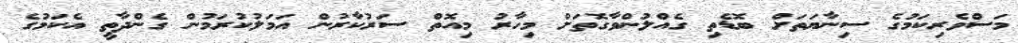
މަސްވެރިކަމުގެ ސިނާޔަތަށް ބޮޑެތި ގެއްލުންވާގޮތަށް މިހާރު މިއޮތް ސަރުކާރުން އަމަލުކުރަމުން ގެންދާތީ އެކަމުގެ